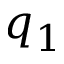
q _ { 1 }